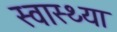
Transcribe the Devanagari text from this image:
स्‍वास्‍थ्‍या